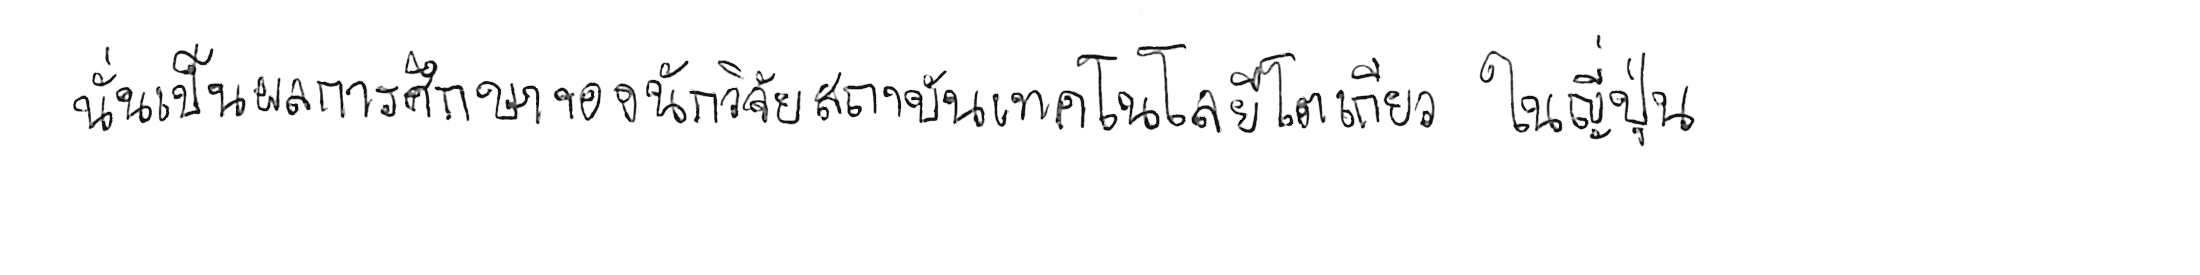
นั่นเป็นผลการศึกษาของนักวิจัยสถาบันเทคโนโลยีโตเกียว ในญี่ปุ่น